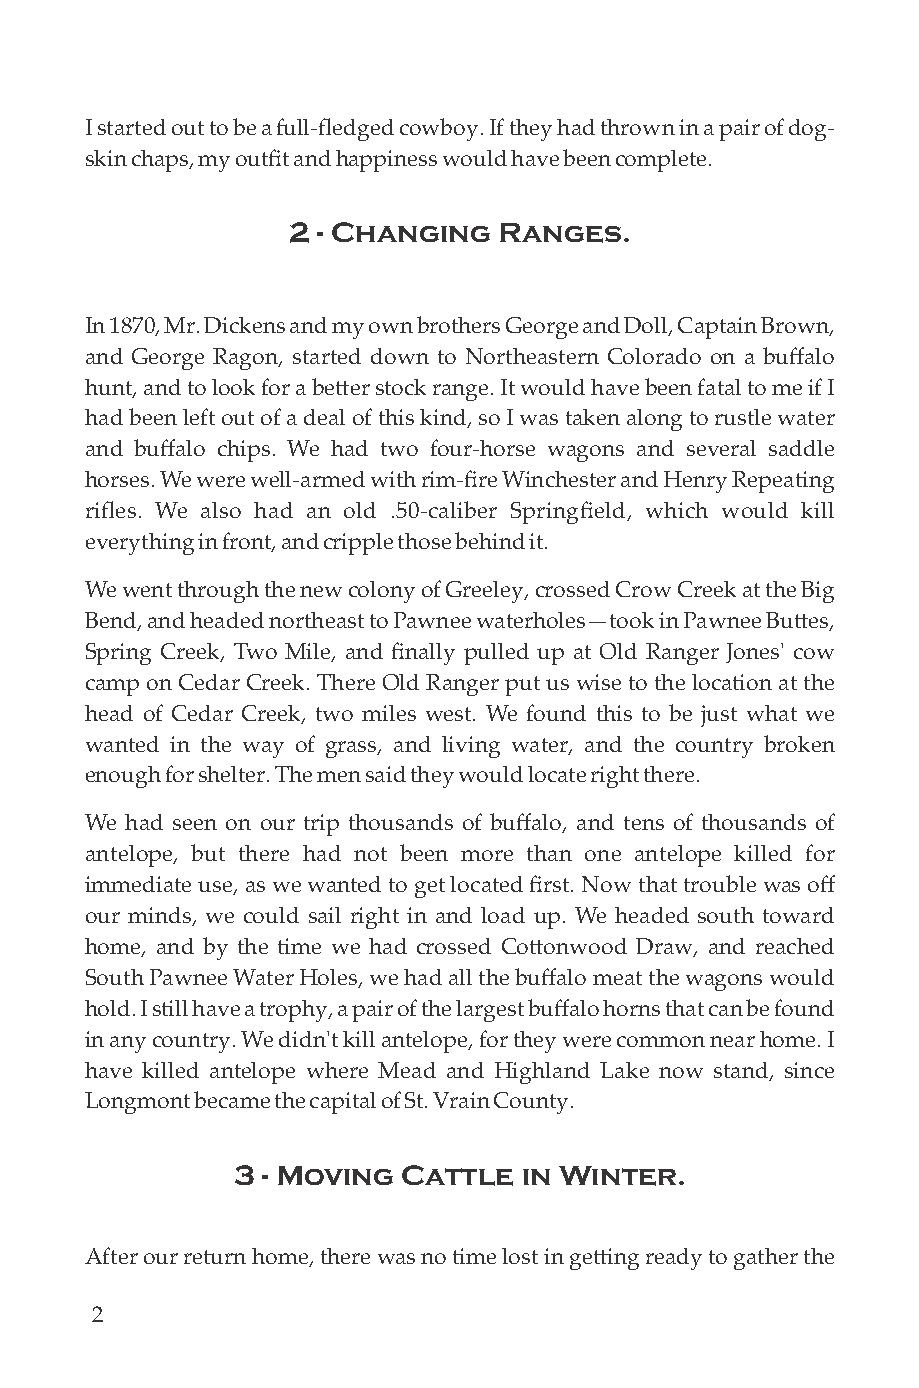
I started out to be a full-fledged cowboy. If they had thrown in a pair of dog-
 skin chaps, my outfit and happiness would have been complete.
 2 - Changing  Ranges.
 In 1870, Mr. Dickens and my own brothers George and Doll, Captain Brown,
 and George Ragon, started down to Northeastern Colorado on a buffalo
 hunt, and to look for a beer stock range. It would have been fatal to me if I
 had been left out of a deal of this kind, so I was taken along to rustle water
 and buffalo chips. We had two four-horse wagons and several saddle
 horses. We were well-armed with rim-fire Winchester and Henry Repeating
 rifles. We also had an old .50-caliber Springfield, which would kill
 everything in front, and cripple those behind it.
 We went through the new colony of Greeley, crossed Crow Creek at the Big
 Bend, and headed northeast to Pawnee waterholes—took in Pawnee Bues,
 Spring Creek, Two Mile, and finally pulled up at Old Ranger Jones' cow
 camp on Cedar Creek. There Old Ranger put us wise to the location at the
 head of Cedar Creek, two miles west. We found this to be just what we
 wanted in the way of grass, and living water, and the country broken
 enough for shelter. The men said they would locate right there.
 We had seen on our trip thousands of buffalo, and tens of thousands of
 antelope, but there had not been more than one antelope killed for
 immediate use, as we wanted to get located first. Now that trouble was off
 our minds, we could sail right in and load up. We headed south toward
 home, and by the time we had crossed Coonwood Draw, and reached
 South Pawnee Water Holes, we had all the buffalo meat the wagons would
 hold. I still have a trophy, a pair of the largest buffalo horns that can be found
 in any country. We didn't kill antelope, for they were common near home. I
 have killed antelope where Mead and Highland Lake now stand, since
 Longmont became the capital of St. Vrain County.
 3 - Moving  Cattle  in Winter.
 After our return home, there was no time lost in geing ready to gather the
 2